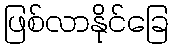
ဖြစ်လာနိုင်ခြေ